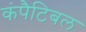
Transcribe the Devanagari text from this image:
कंपैटिबल